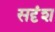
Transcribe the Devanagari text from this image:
सदृंश